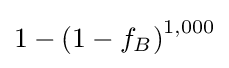
1-\left(1-f_{B}\right)^{1,000}